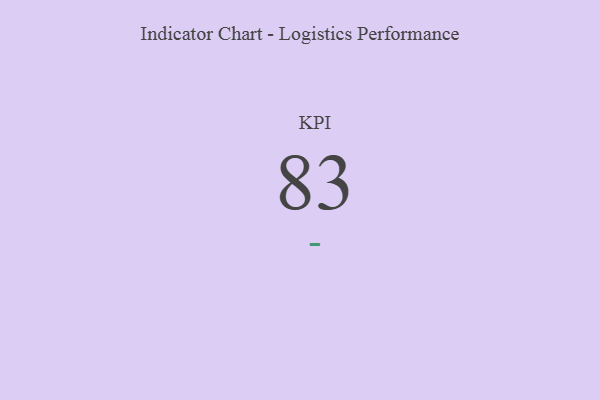
{"axis": {"x": "KPI", "y": "Value"}, "legend": [""], "data": [{"x": "KPI", "y": 83, "type": ""}]}